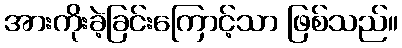
အားကိုးခဲ့ခြင်းကြောင့်သာ ဖြစ်သည်။